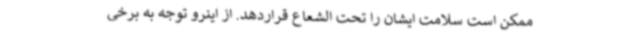
ممکن است سلامت ایشان را تحت الشعاع قراردهد. از اینرو توجه به برخی